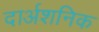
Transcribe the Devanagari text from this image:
दार्अशनिक